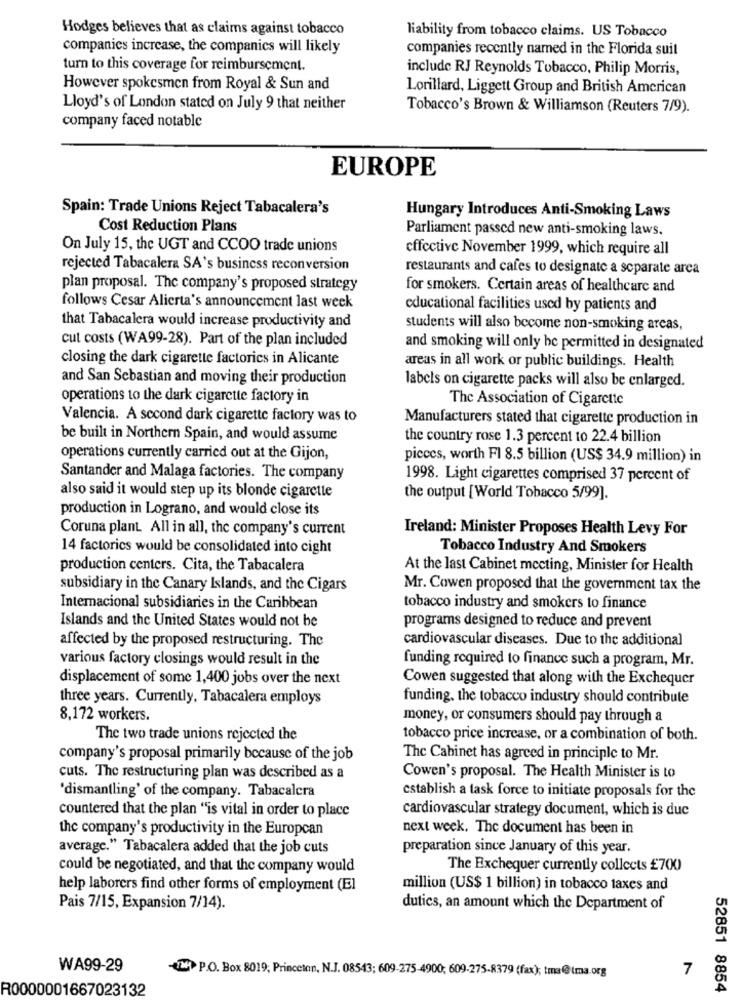
Hodges believes that as claims against tobacco
liability from tobacco claims. US Tobacco
companies increase, the companies will likely
companies recently named in the Florida suit
turn to this coverage for reimbursement.
include RJ Reynolds Tobacco, Philip Morris,
However spokesmen from Royal & Sun and
Lorillard, Liggett Group and British American
Lloyd's of London stated on July 9 that neither
Tobacco's Brown & Williamson (Reuters 7/9).
company faced notable
EUROPE
Spain: Trade Unions Reject Tabacalera's
Hungary Introduces Anti-Smoking Laws
Cost Reduction Plans
Parliament passed new anti-smoking laws,
On July 15, the UGT and CCOO trade unions
effective November 1999, which require all
rejected Tabacalera SA's business reconversion
restaurants and cafes to designate a separate area
plan proposal. The company's proposed strategy
for smokers. Certain areas of healthcare and
follows Cesar Alierta's announcement last week
educational facilities used by patients and
that Tabacalera would increase productivity and
students will also become non-smoking areas,
cut costs (WA99-28). Part of the plan included
and smoking will only be permitted in designated
closing the dark cigarette factories in Alicante
areas in all work or public buildings. Health
and San Sebastian and moving their production
labels on cigarette packs will also be enlarged.
operations to the dark cigarette factory in
The Association of Cigarette
Valencia. A second dark cigarette factory was to
Manufacturers stated that cigarette production in
be built in Northern Spain, and would assume
the country rose 1.3 percent to 22.4 billion
operations currently carried out at the Gijon,
picces, worth FI 8.5 billion (US$ 34.9 million) in
Santander and Malaga factories. The company
1998. Light cigarettes comprised 37 percent of
also said it would step up its blonde cigarette
the output [World Tobacco 5/99].
production in Lograno, and would close its
Coruna plant. All in all, the company's current
Ireland: Minister Proposes Health Levy For
14 factories would be consolidated into cight
Tobacco Industry And Smokers
production centers. Cita, the Tabacalera
At the last Cabinet mccting, Minister for Health
subsidiary in the Canary Islands, and the Cigars
Mr. Cowen proposed that the government tax the
Internacional subsidiaries in the Caribbean
tobacco industry and smokers to finance
Islands and the United States would not be
programs designed to reduce and prevent
cardiovascular diseases. Due to the additional
affected by the proposed restructuring. The
various factory closings would result in the
funding required to finance such a program, Mr.
displacement of some 1,400 jobs over the next
Cowen suggested that along with the Exchequer
three years. Currently, Tabacalera employs
funding, the tobacco industry should contribute
8,172 workers.
money, or consumers should pay through a
The two trade unions rejected the
tobacco price increase, or a combination of both.
company's proposal primarily because of the job
The Cabinet has agreed in principle to Mr.
cuts. The restructuring plan was described as a
Cowen's proposal. The Health Minister is to
'dismantling' of the company. Tabacalera
establish a task force to initiate proposals for the
countered that the plan "is vital in order to place
cardiovascular strategy document, which is duc
the company's productivity in the Europcan
next week. The document has been in
average." Tabacalera added that the job cuts
preparation since January of this year.
could be negotiated, and that the company would
The Exchequer currently collects £700)
help laborers find other forms of employment (El
million (US$ 1 billion) in tobacco taxes and
Pais 7/15, Expansion 7/14).
dutics, an amount which the Department of
WA99-29
TN P.O. Box 8019; Princeton, N.J. 08543; 609-275-4900; 609-275-8379 (fax); tma@tma.org
7
R0000001667023132
52851 8854